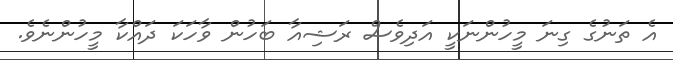
އެ ތަނުގެ ގިނަ މީހުންނަކީ އަދިވެސް ރަޝިއާ ބަހުން ވާހަކަ ދައްކާ މީހުންނެވެ.